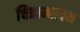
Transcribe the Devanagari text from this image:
चित्राम्बलम